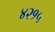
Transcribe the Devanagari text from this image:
४२१५